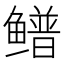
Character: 𬶴